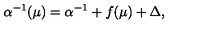
\alpha ^ { - 1 } ( \mu ) = \alpha ^ { - 1 } + f ( \mu ) + \Delta ,